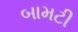
બામટી